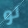
لو